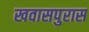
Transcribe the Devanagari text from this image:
खवासपुरास